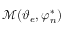
\mathcal { M } ( \boldsymbol { \vartheta } _ { e } , \boldsymbol { \varphi } _ { n } ^ { * } )